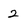
Character: 2